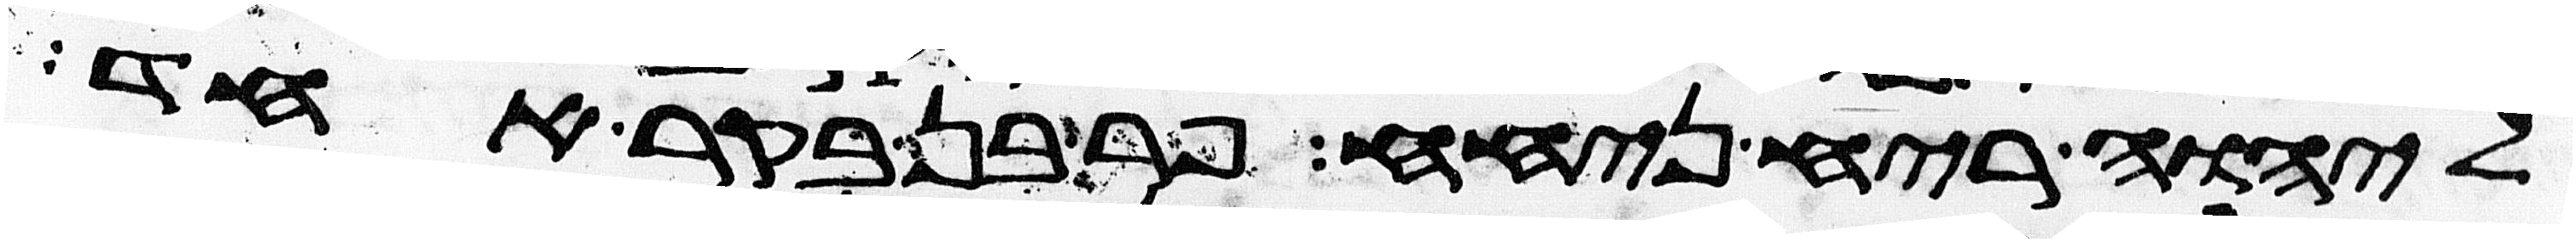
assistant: ליהוה ריח ניחח פר בן בקר אחד